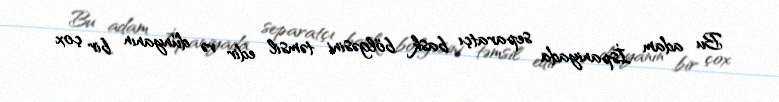
Bu adam İspaniyada separatçı bask bölgəsini təmsil edir və dünyanın bir çox